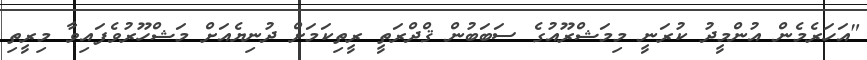
"އަހަރެމެން އުންމީދު ކުރަނީ މިމަޝްރޫއުގެ ސަބަބުން ޤްދްރަތީ ރީތިކަމަށް ދުނިޔެއަށް މަޝްހޫރުވެފައިވާ މިރީތި